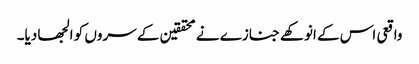
واقعی اس کے انوکھے جنازے نے محققین کے سروں کو الجھا دیا۔